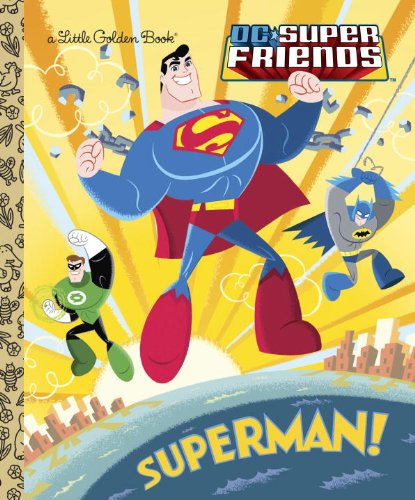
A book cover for Superman! (DC Super Friends) (Little Golden Book); Billy Wrecks; Children's Books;